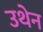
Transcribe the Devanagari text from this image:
उथेन